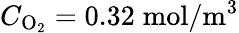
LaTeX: C_{\mathrm{O}_{2}}=0.32\; \mathrm{mol}/\mathrm{m}^{3}